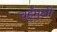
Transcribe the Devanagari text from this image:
चहुँमुखी